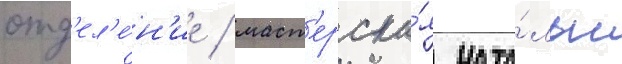
отд'ел'е́н'ие / маст'ерска́я ната́льи